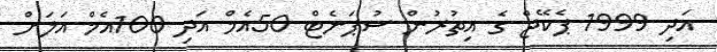
އަދި 1999 ޕެކޭޖް ގެ އިތުރުން ސުޕަނެޓް 50އެމް އަދި 100އެމް އަލަށް